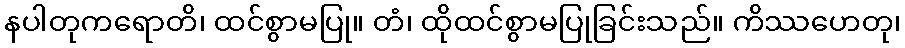
နပါတုကရောတိ၊ ထင်စွာမပြု။ တံ၊ ထိုထင်စွာမပြုခြင်းသည်။ ကိဿဟေတု၊